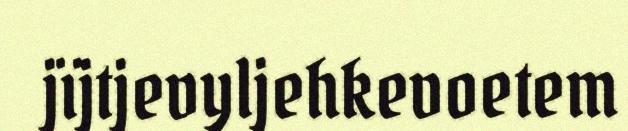
jïjtjevyljehkevoetem